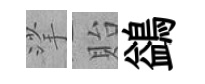
挲貽鷁